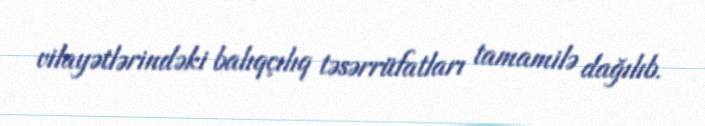
vilayətlərindəki balıqçılıq təsərrüfatları tamamilə dağılıb.